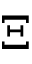
\Xi